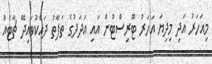
މިއަހަރު އަދި މިދިޔަ އަހަރު ޓޫރިސްޓުން އައި އަދަދުގެ ތަފާތު ދައްކުވައިދޭ ޗާޓެއް